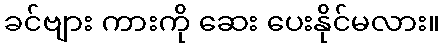
ခင်ဗျား ကားကို ဆေး ပေးနိုင်မလား။